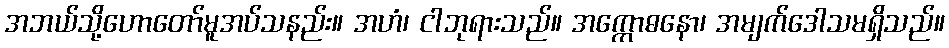
အဘယ်သို့ဟောတော်မူအပ်သနည်း။ အဟံ၊ ငါဘုရားသည်။ အက္ကောဓနော၊ အမျက်ဒေါသမရှိသည်။